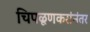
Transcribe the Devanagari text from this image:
चिपळूणकरांनंतर